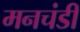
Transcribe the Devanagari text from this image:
मनचंडी